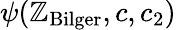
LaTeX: \psi(\mathbb{Z}_{\mathrm{{Bilger}}},c,c_{2})